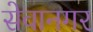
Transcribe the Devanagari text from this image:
सेवानगर